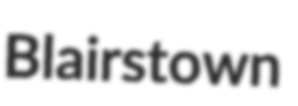
Blairstown